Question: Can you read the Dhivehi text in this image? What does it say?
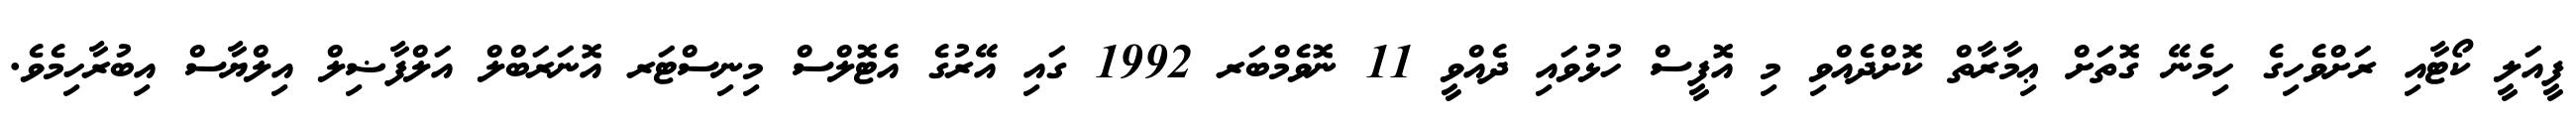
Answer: ފީއަލީ ކޯޓާއި ރަށްވެހިގެ ހިމެނޭ ގޮތަށް ޢިމާރާތް ކޮށްދެއްވި މި އޮފީސް ހުޅުވައި ދެއްވީ 11 ނޮވެމްބަރ 1992 ގައި އޭރުގެ އެޓޮލްސް މިނިސްޓަރ އޮނަރަބްލް އަލްފާޟިލް އިލްޔާސް އިބުރާހިމެވެ.